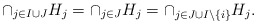
\begin{align*}\cap_{j \in I \cup J} H_j = \cap_{j \in J} H_j = \cap_{j \in J \cup I \setminus \{i\}} H_j.\end{align*}